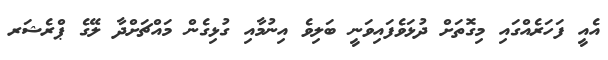
އެއީ ފަހަރެއްގައި މިގޮތަށް ދުޅަވެފައިވަނީ ބަލިވެ އިނުމާއި ގުޅިގެން މައްޗަށްދާ ލޭގެ ޕްރެޝަރ